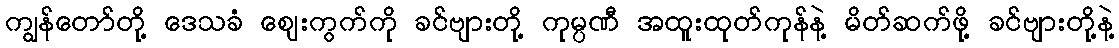
ကျွန်တော်တို့ ဒေသခံ ဈေးကွက်ကို ခင်ဗျားတို့ ကုမ္ပဏီ အထူးထုတ်ကုန်နဲ့ မိတ်ဆက်ဖို့ ခင်ဗျားတို့နဲ့